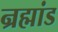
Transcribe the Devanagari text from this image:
न्रह्मांड